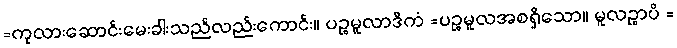
=ကုလားဆောင်းမေးခါးသည်လည်းကောင်း။ ပဉ္စမူလာဒိကံ =ပဉ္စမူလအစရှိသော။ မူလဉ္စာပိ =